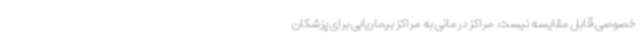
خصوصی قابل مقایسه نیست. مراکز درمانی به مراکز بیماریابی برای پزشکان